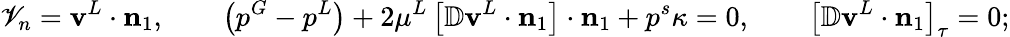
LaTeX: \mathscr{V}_{n}=\mathbf{{v}}^{L}\cdot\mathbf{{n}}_{1},\qquad\left(p^{G}-p^{L}\right)+2\mu^{L}\left[\mathbb{{D}}\mathbf{{v}}^{L}\cdot\mathbf{{n}}_{1}\right]\cdot\mathbf{{n}}_{1}+p^{s}\kappa=0,\qquad\left[\mathbb{{D}}\mathbf{{v}}^{L}\cdot\mathbf{{n}}_{1}\right]_{\tau}=0;